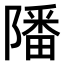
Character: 𨼠